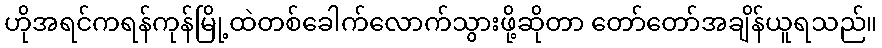
ဟိုအရင်ကရန်ကုန်မြို့ထဲတစ်ခေါက်လောက်သွားဖို့ဆိုတာ တော်တော်အချိန်ယူရသည်။